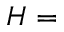
H =